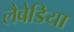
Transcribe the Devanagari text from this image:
लैबेडिया